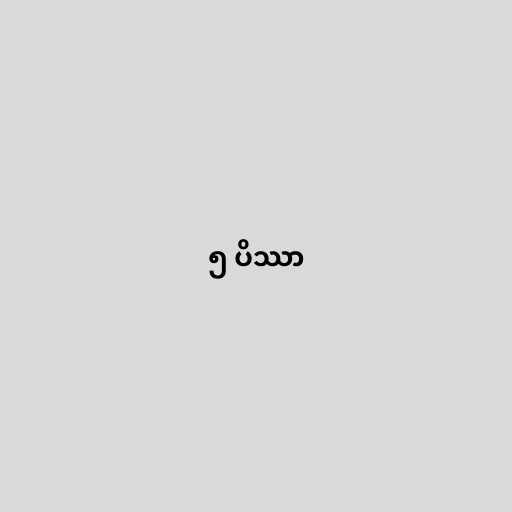
၅ ပိဿာ